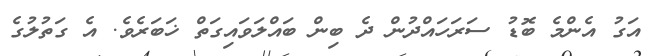
އަގު އެންމެ ބޮޑު ސަރަހައްދުން ދެ ބިން ބައްލަވައިގަތް ޚަބަރެވެ. އެ ގަތުލުގެ